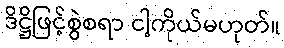
ဒိဋ္ဌိဖြင့်စွဲစရာ ငါ့ကိုယ်မဟုတ်။